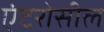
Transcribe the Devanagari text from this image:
एंटरोसील